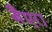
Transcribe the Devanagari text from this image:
बैएरा